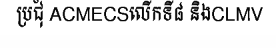
ប្រជុំ ACMECSលើកទី៨ និងCLMV